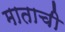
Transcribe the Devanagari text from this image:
माताची